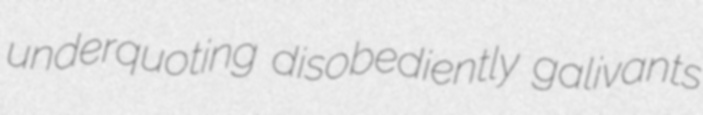
underquoting disobediently galivants